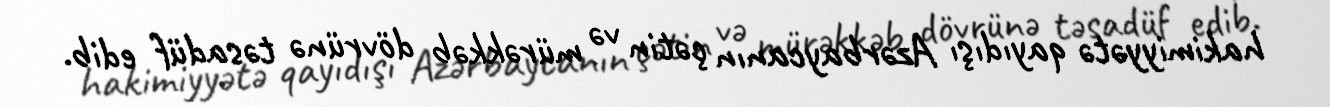
hakimiyyətə qayıdışı Azərbaycanın çətin və mürəkkəb dövrünə təsadüf edib.